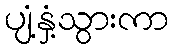
ပျံ့နှံ့သွားကာ